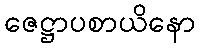
ဇေဋ္ဌာပစာယိနော